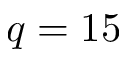
q = 1 5